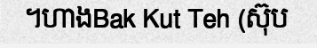
។ហាងBak Kut Teh (ស៊ុប